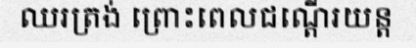
ឈរត្រង់ ព្រោះពេលជណ្តើរយន្ត